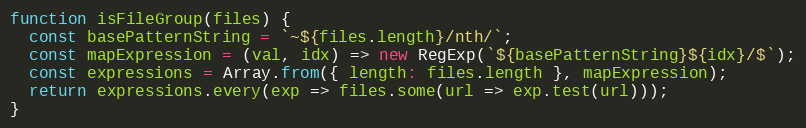
Language: JavaScript
function isFileGroup(files) {
  const basePatternString = `~${files.length}/nth/`;
  const mapExpression = (val, idx) => new RegExp(`${basePatternString}${idx}/$`);
  const expressions = Array.from({ length: files.length }, mapExpression);
  return expressions.every(exp => files.some(url => exp.test(url)));
}